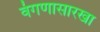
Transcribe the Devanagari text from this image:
वंगणासारखा